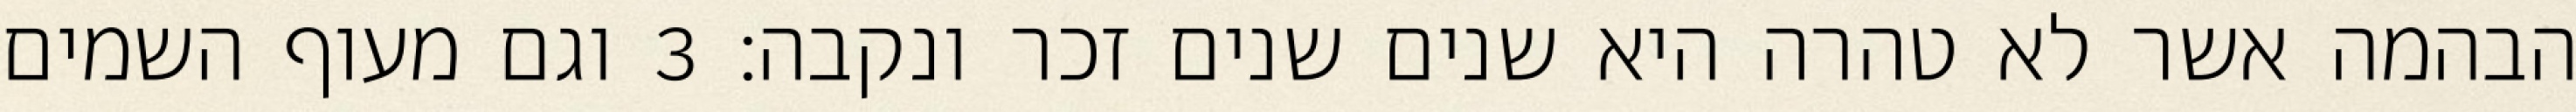
הבהמה אשר לא טהרה היא שנים שנים זכר ונקבה׃ ‎3‏ וגם מעוף השמים